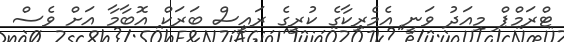
ޓްރަމްޕް މިއަދު ވަނީ އެމެރިކާގެ ކުރީގެ ރައީސް ބަރަކް އޮބާމާ އަށް ވެސް